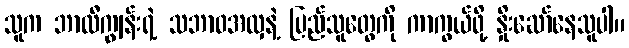
သူက ဘာလီကျွန်းရဲ့ သဘာဝအလှနဲ့ ပြည်သူတွေကို ကာကွယ်ဖို့ နှိုးဆော်နေသူပါ။